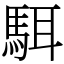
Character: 駬